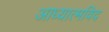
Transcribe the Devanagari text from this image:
आध्यात्मविद